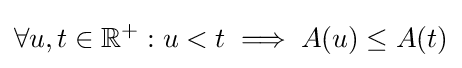
\forall u,t\in \mathbb {R} ^{+}:u<t\implies A(u)\leq A(t)